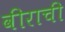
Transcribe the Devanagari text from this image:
वीराची